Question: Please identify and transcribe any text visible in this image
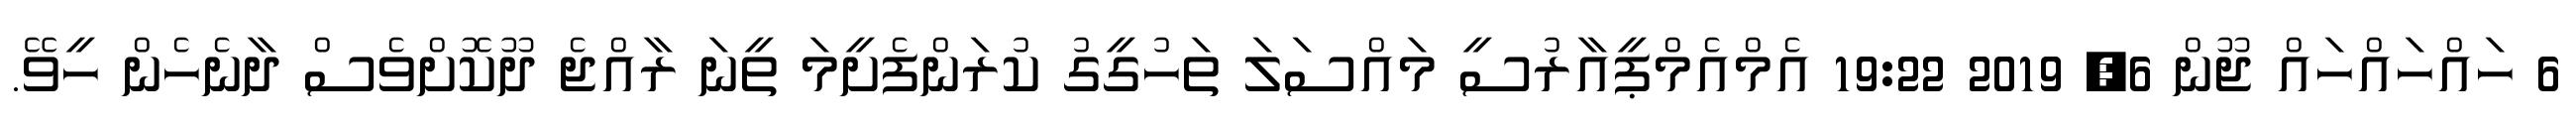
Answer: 6 ހައްހައްހައް ޖޫން 6, 2019 19:22 އެމްއެމްޕީއާރުސީ މައްސަލަ ތަހުގީގު ކުރަންފެށީމަ ތީނަ ރާއްޖެ ދޫކޮށްވެސް ދާނެހެން ހީވޭ.